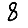
Digit: 8